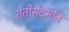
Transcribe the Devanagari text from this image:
शेतीसंदर्भात